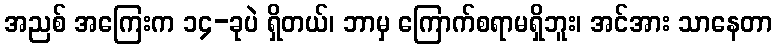
အညစ် အကြေးက ၁၄-ခုပဲ ရှိတယ်၊ ဘာမှ ကြောက်စရာမရှိဘူး၊ အင်အား သာနေတာ